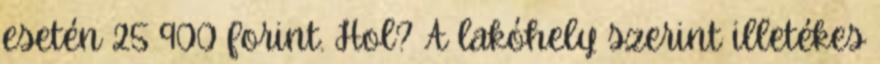
esetén 25 900 forint. Hol? A lakóhely szerint illetékes